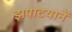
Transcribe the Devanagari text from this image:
झपाटयानें